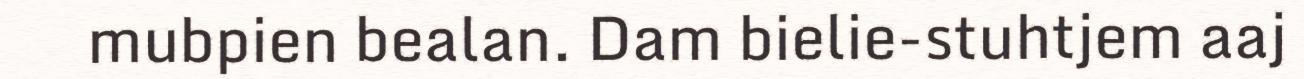
mubpien bealan. Dam bielie-stuhtjem aaj